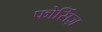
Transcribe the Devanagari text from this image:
फोर्सिज़